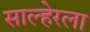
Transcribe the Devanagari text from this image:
साल्हेरला